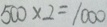
5 0 0 \times 2 = 1 0 0 0